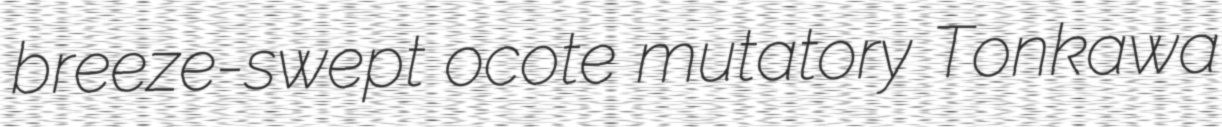
breeze-swept ocote mutatory Tonkawa